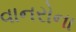
વાનરોના